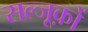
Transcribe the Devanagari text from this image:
सल्जूक़ों